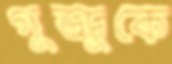
গুড্ডুকে